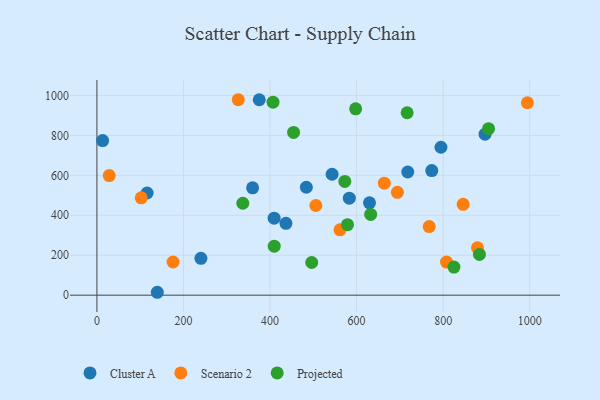
{"axis": {"x": "Speed", "y": "Rating"}, "legend": ["Cluster A", "Projected", "Scenario 2"], "data": [{"x": "409.5", "y": 385.5, "type": "Cluster A"}, {"x": "240.3", "y": 184.4, "type": "Cluster A"}, {"x": "794.9", "y": 740.5, "type": "Cluster A"}, {"x": "13.2", "y": 773.8, "type": "Cluster A"}, {"x": "375.1", "y": 978.3, "type": "Cluster A"}, {"x": "718.2", "y": 616.7, "type": "Cluster A"}, {"x": "359.7", "y": 537.6, "type": "Cluster A"}, {"x": "773.7", "y": 624.0, "type": "Cluster A"}, {"x": "629.8", "y": 462.3, "type": "Cluster A"}, {"x": "896.8", "y": 805.9, "type": "Cluster A"}, {"x": "543.4", "y": 605.4, "type": "Cluster A"}, {"x": "116.0", "y": 511.6, "type": "Cluster A"}, {"x": "483.9", "y": 540.2, "type": "Cluster A"}, {"x": "436.7", "y": 359.7, "type": "Cluster A"}, {"x": "583.2", "y": 485.5, "type": "Cluster A"}, {"x": "139.5", "y": 14.5, "type": "Cluster A"}, {"x": "561.7", "y": 327.1, "type": "Scenario 2"}, {"x": "28.5", "y": 598.7, "type": "Scenario 2"}, {"x": "846.2", "y": 454.6, "type": "Scenario 2"}, {"x": "879.2", "y": 237.4, "type": "Scenario 2"}, {"x": "102.4", "y": 487.5, "type": "Scenario 2"}, {"x": "767.8", "y": 343.2, "type": "Scenario 2"}, {"x": "994.6", "y": 963.4, "type": "Scenario 2"}, {"x": "664.0", "y": 560.6, "type": "Scenario 2"}, {"x": "807.8", "y": 165.9, "type": "Scenario 2"}, {"x": "694.3", "y": 514.9, "type": "Scenario 2"}, {"x": "176.0", "y": 166.1, "type": "Scenario 2"}, {"x": "326.6", "y": 978.5, "type": "Scenario 2"}, {"x": "505.9", "y": 449.0, "type": "Scenario 2"}, {"x": "716.8", "y": 913.4, "type": "Projected"}, {"x": "883.8", "y": 203.9, "type": "Projected"}, {"x": "409.7", "y": 245.4, "type": "Projected"}, {"x": "632.5", "y": 404.2, "type": "Projected"}, {"x": "579.0", "y": 352.7, "type": "Projected"}, {"x": "454.4", "y": 814.6, "type": "Projected"}, {"x": "572.8", "y": 569.3, "type": "Projected"}, {"x": "406.9", "y": 966.1, "type": "Projected"}, {"x": "904.9", "y": 833.7, "type": "Projected"}, {"x": "496.3", "y": 163.6, "type": "Projected"}, {"x": "824.9", "y": 140.9, "type": "Projected"}, {"x": "597.8", "y": 932.8, "type": "Projected"}, {"x": "337.1", "y": 460.1, "type": "Projected"}]}